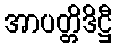
အာပတ္တိဒိဋ္ဌီ